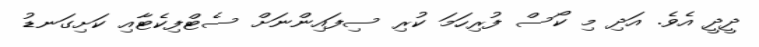
ދީދީ އެވެ. އަދި މި ކޯސް ފުރިހަމަ ކުރި ސިފައިންނަށް ސެޓްފިކެޓާއި ކަށިގަނޑު